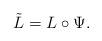
LaTeX: \begin{align*}\tilde{L} = L \circ \Psi.\end{align*}